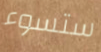
ستسوء